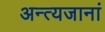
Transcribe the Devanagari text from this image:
अन्त्यजानां